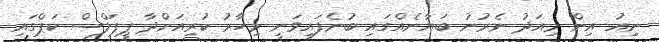
ނިއު އިން މިއަދު ނެރުނު ބަޔާނެއްގައި ބުނެފައިވަނީ މިހާރު ކުރިއަށްދާ ޕީޕަލްސް ކަޕްގައި